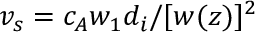
v _ { s } = c _ { A } w _ { 1 } d _ { i } / [ w ( z ) ] ^ { 2 }